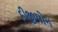
ડીજીમોન